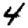
Digit: 4